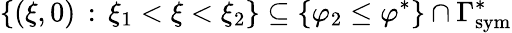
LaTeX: \{ (\xi,0)\, :\, \xi_{1}<\xi<\xi_{2}\} \subseteq\{ \varphi_{2}\leq\varphi^{*}\} \cap\Gamma_{\mathrm{{sym}}}^{*}